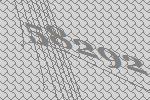
58292